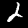
Label: 2